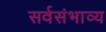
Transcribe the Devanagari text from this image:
सर्वसंभाव्य